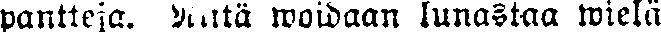
pantteja. Niitä woidaan lunastaa wielä